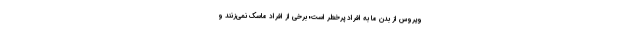
ویروس از بدن ما به افراد پرخطر است؛ برخی از افراد ماسک نمی‌زنند و